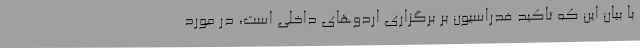
با بیان این که تاکید فدراسیون بر برگزاری اردوهای داخلی است، در مورد